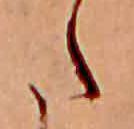
た